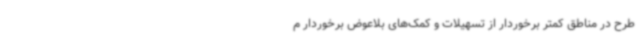
طرح در مناطق کمتر برخوردار از تسهیلات و کمک‌های بلاعوض برخوردار م